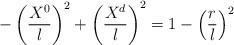
LaTeX: \begin{align*}-\left({\frac{X^0}{l}}\right)^2 +\left({\frac{X^{d}}{l}}\right)^2 = 1-\left({\frac{r}{l}}\right)^2\end{align*}